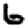
Digit: 6